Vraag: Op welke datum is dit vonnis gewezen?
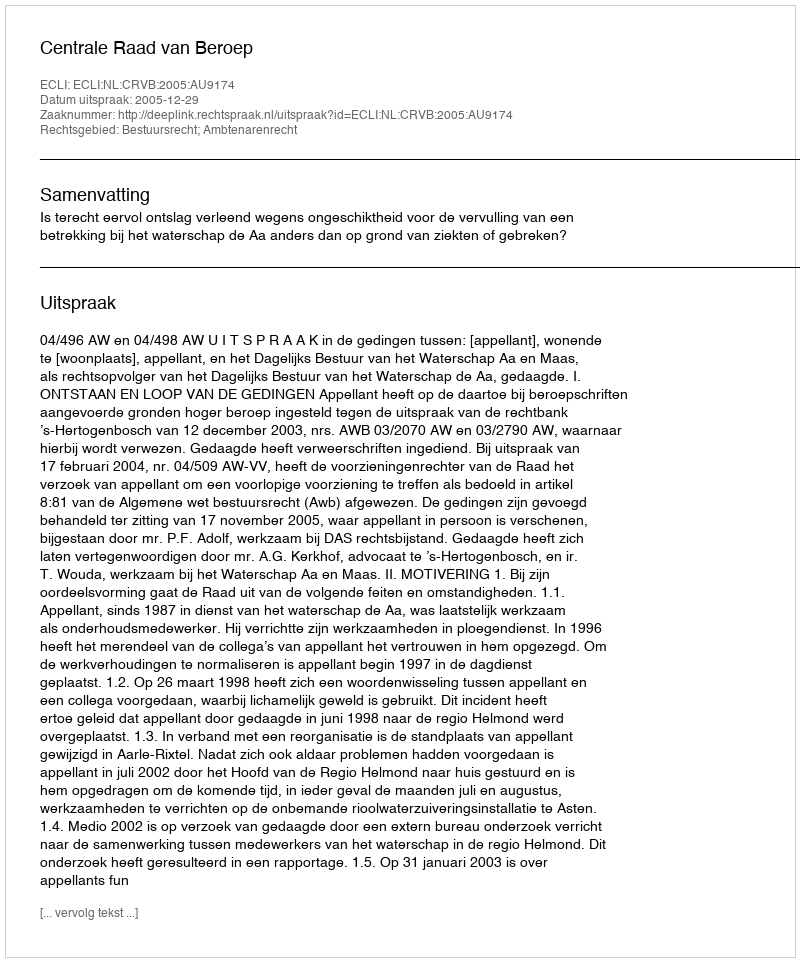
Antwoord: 2005-12-29